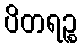
ပိတရဉ္စ